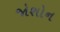
જોશોન